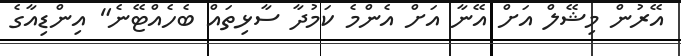
އޭރުން މިޝޭލް އަށް އޭނާ އަށް އެންމެ ކަމުދާ ސާޅިތައް ބެހެއްޓޭނެ" އިންޑިއާގެ